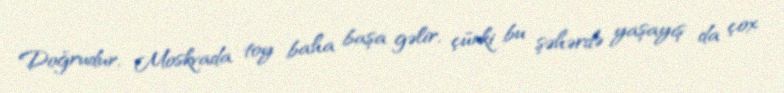
Doğrudur, Moskvada toy baha başa gəlir, çünki bu şəhərdə yaşayış da çox